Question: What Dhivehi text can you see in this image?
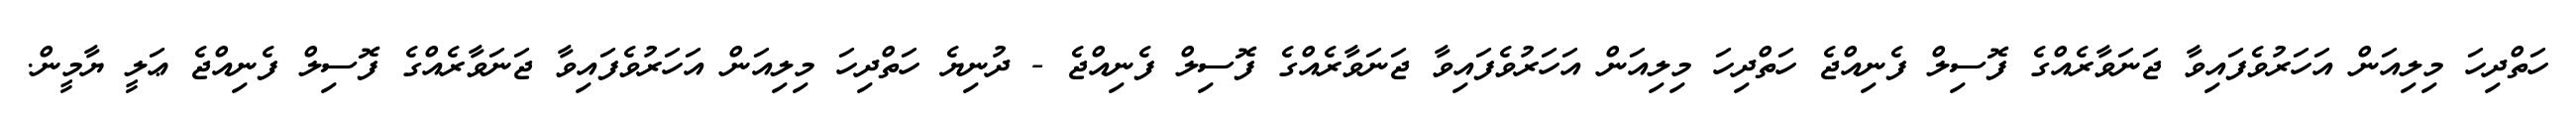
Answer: ހަތްދިހަ މިލިއަން އަހަރުވެފައިވާ ޖަނަވާރެއްގެ ފޮސިލް ފެނިއްޖެ ހަތްދިހަ މިލިއަން އަހަރުވެފައިވާ ޖަނަވާރެއްގެ ފޮސިލް ފެނިއްޖެ - ދުނިޔެ ހަތްދިހަ މިލިއަން އަހަރުވެފައިވާ ޖަނަވާރެއްގެ ފޮސިލް ފެނިއްޖެ ޢަލީ ޔާމީން.